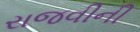
રાજવીની